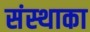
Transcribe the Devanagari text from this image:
संस्‍थाका